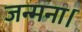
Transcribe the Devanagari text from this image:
जन्मना।